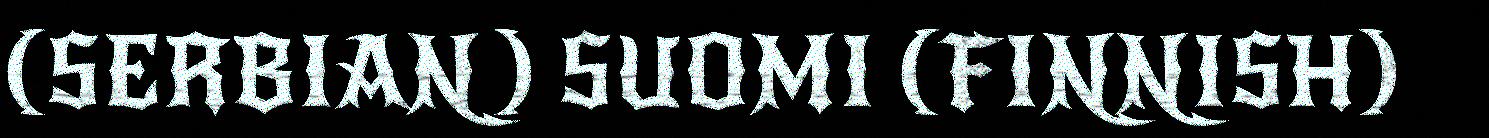
(SERBIAN) SUOMI (FINNISH)